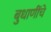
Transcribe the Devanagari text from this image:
बुधाणींचे